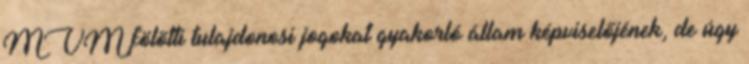
MVM fölötti tulajdonosi jogokat gyakorló állam képviselőjének, de úgy